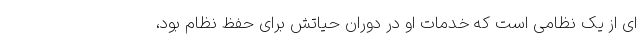
ای از یک نظامی است که خدمات او در دوران حیاتش برای حفظ نظام بود،